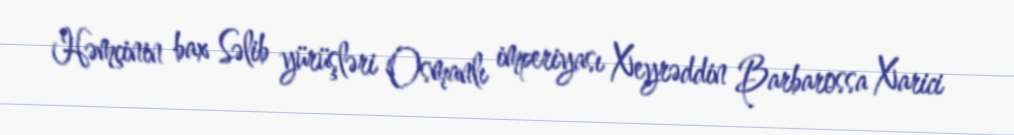
Həmçinin bax Səlib yürüşləri Osmanlı imperiyası Xeyrəddin Barbarossa Xarici